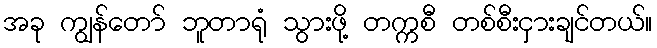
အခု ကျွန်တော် ဘူတာရုံ သွားဖို့ တက္ကစီ တစ်စီးငှားချင်တယ်။